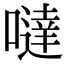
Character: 噠